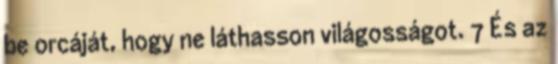
be orcáját, hogy ne láthasson világosságot. 7 És az